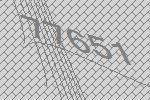
77651